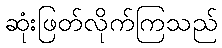
ဆုံးဖြတ်လိုက်ကြသည်